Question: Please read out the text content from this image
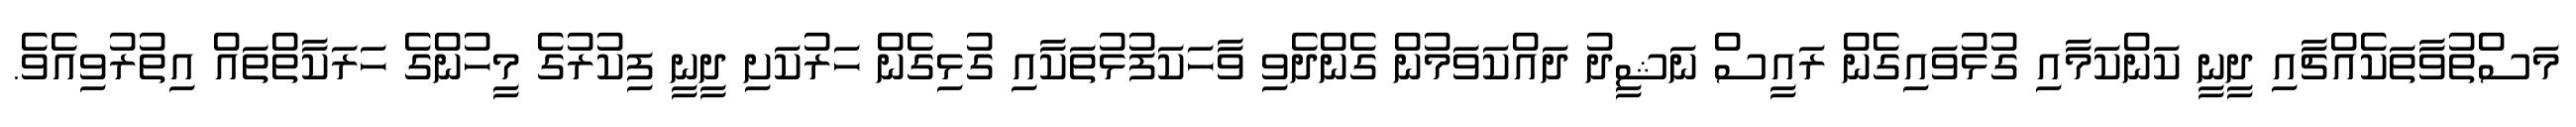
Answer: މަސްތުވާތަކެއްޗާއި ދީނީ ކަންކަމާއި ގުޅުވައިގެން ރައީސް ނަޝީދު ދައްކަވަމުން ގެންދެވި ވާހަކަފުޅުތަކާއި ގުޅިގެން ހަރުކަށި ދީނީ ފިކުރުގެ މީހުންގެ ހަރަކާތްތައް އިތުރުވިއެވެ.